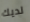
لديك